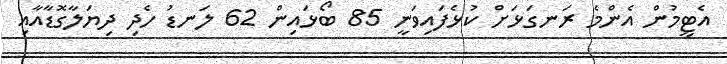
އެޓީމުން އެންމެ ރަނގަޅަށް ކުޅެފައިވަނީ 85 ބޯޅައިން 62 ލަނޑު ހެދި ދިޔަލާގޮޑާއާއި